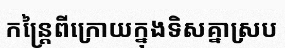
កន្ត្រៃពីក្រោយក្នុងទិសគ្នាស្រប